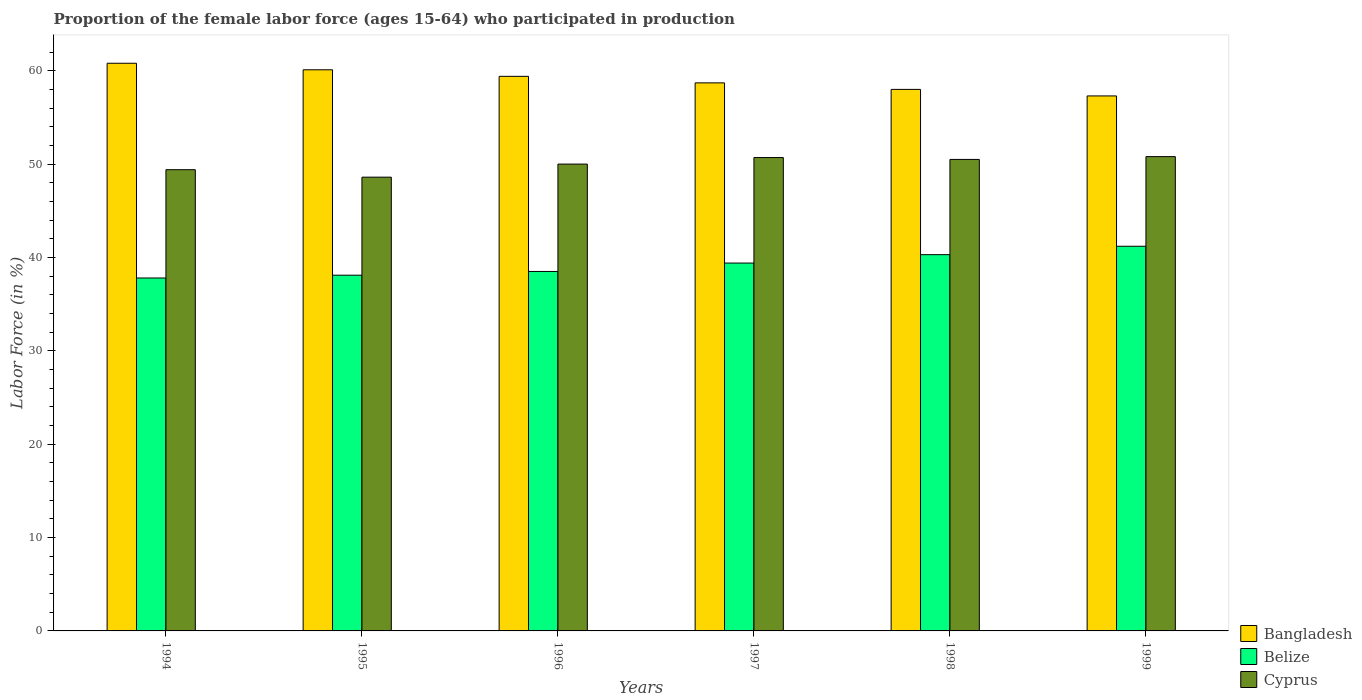
| Years | Bangladesh | Belize | Cyprus |
 | --- | --- | --- | --- |
 | 1994 | 60.8 | 37.8 | 49.4 |
 | 1995 | 60.1 | 38.1 | 48.6 |
 | 1996 | 59.4 | 38.5 | 50 |
 | 1997 | 58.7 | 39.4 | 50.7 |
 | 1998 | 58 | 40.3 | 50.5 |
 | 1999 | 57.3 | 41.2 | 50.8 |